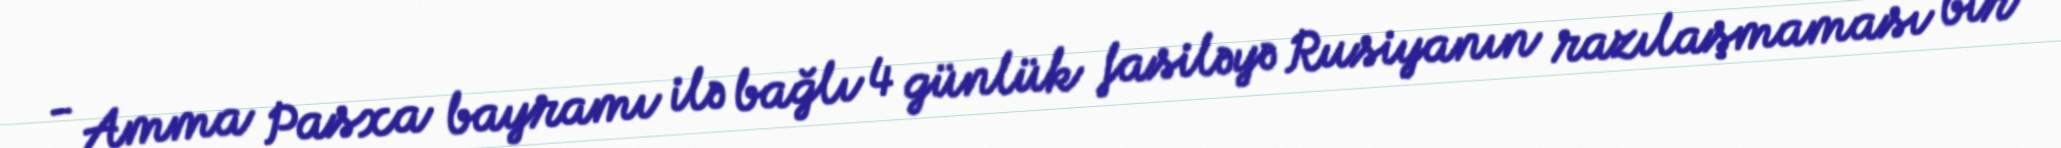
- Amma Pasxa bayramı ilə bağlı 4 günlük fasiləyə Rusiyanın razılaşmaması bir